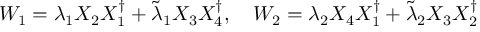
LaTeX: W _ { 1 } = \lambda _ { 1 } X _ { 2 } X _ { 1 } ^ { \dagger } + \tilde { \lambda } _ { 1 } X _ { 3 } X _ { 4 } ^ { \dagger } , \quad W _ { 2 } = \lambda _ { 2 } X _ { 4 } X _ { 1 } ^ { \dagger } + \tilde { \lambda } _ { 2 } X _ { 3 } X _ { 2 } ^ { \dagger }